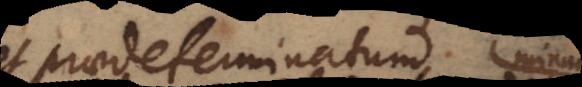
et praedeterminatum sint